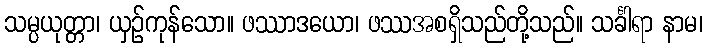
သမ္ပယုတ္တာ၊ ယှဉ်ကုန်သော။ ဖဿာဒယော၊ ဖဿအစရှိသည်တို့သည်။ သင်္ခါရာ နာမ၊